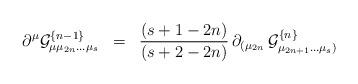
LaTeX: \begin{align*}\partial^\mu {\cal{G}}^{\{ n-1 \}}_{\mu \mu_{2n} ... \mu_s} \;\; = \;\; {(s+1-2n) \over (s+2-2n)} \, \partial_{( \mu_{2n}} \, {\cal{G}}^{\{ n \}}_{\mu_{2n+1} ... \mu_s )}\end{align*}